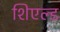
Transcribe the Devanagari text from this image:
शिएल्ड